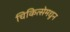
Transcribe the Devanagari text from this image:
चिकित्सेमधून